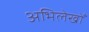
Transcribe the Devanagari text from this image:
अभिलेखोँ